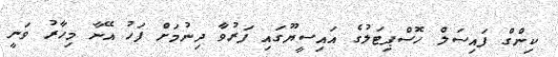
ކިންގް ފައިސަލް ހޮސްޕިޓަލުގެ އައިސީޔޫގައި ފަރުވާ ދިނުމަށް ފަހު އޭނާ މިހާރު ވަނީ